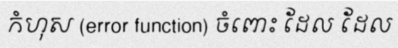
កំហុស (error function) ចំពោះ ដែល ដែល